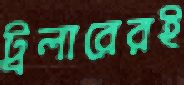
ট্রলারেরই